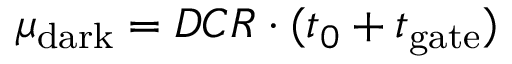
\mu _ { \mathrm { d a r k } } = D C R \cdot ( t _ { 0 } + t _ { \mathrm { g a t e } } )